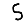
Digit: 5